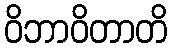
ဝိဘာဝိတာတိ